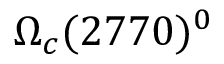
\Omega _ { c } ( 2 7 7 0 ) ^ { 0 }